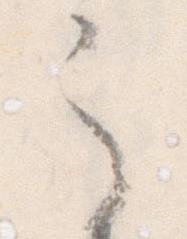
之